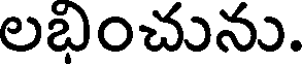
లబంచును.